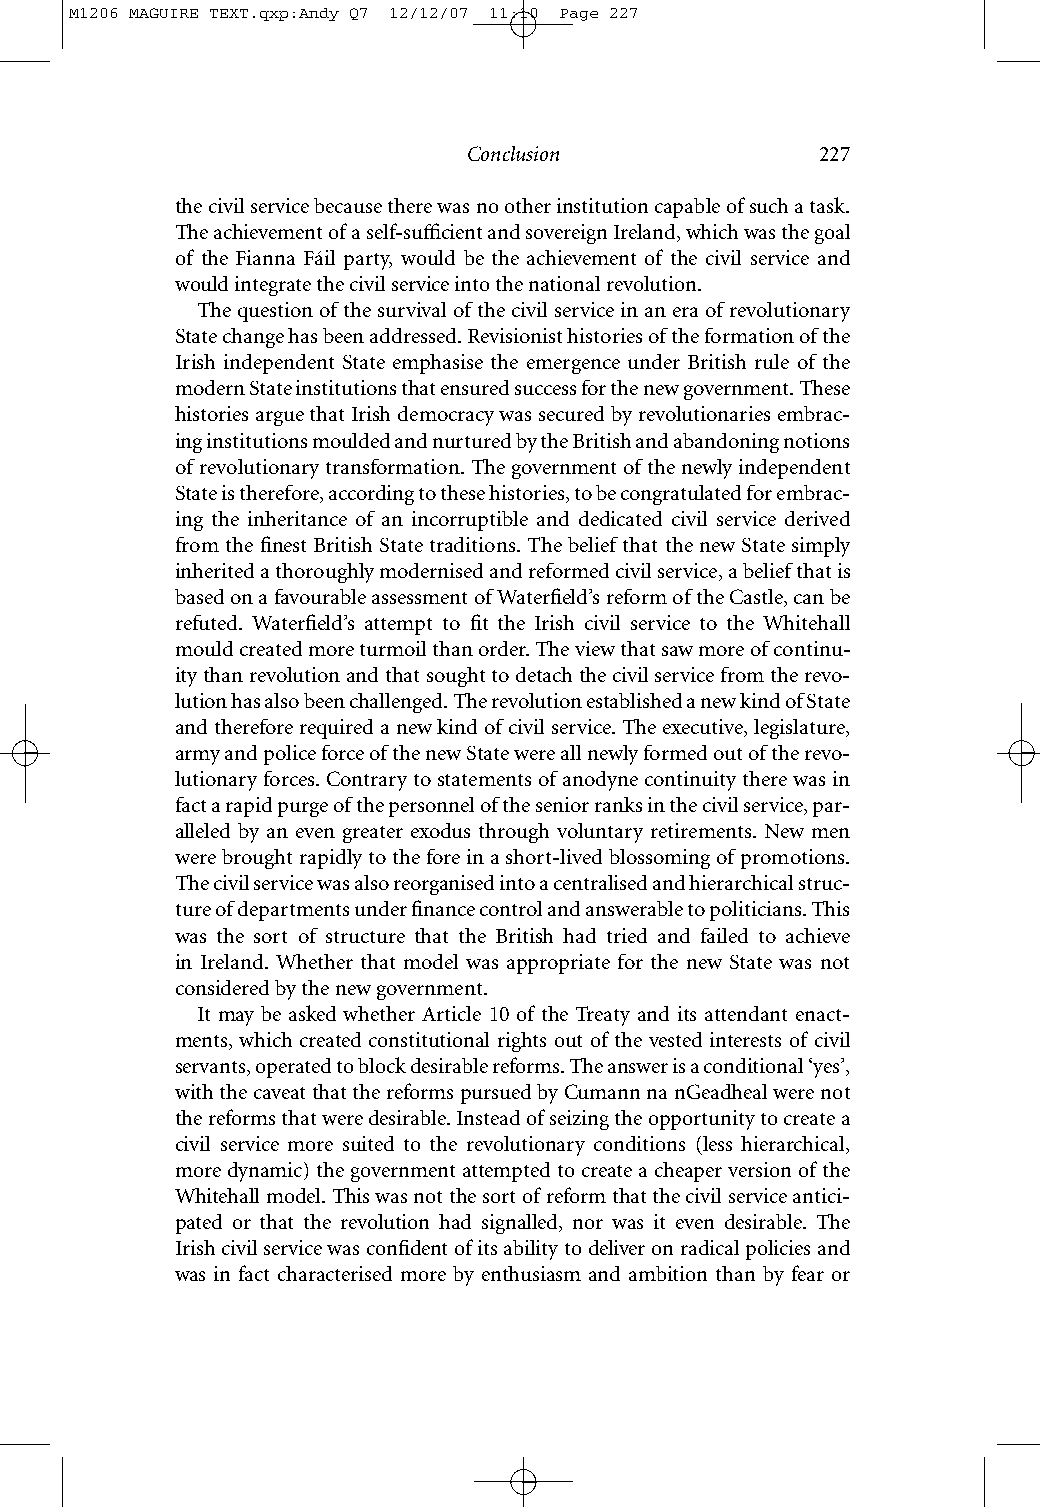
M1206 MAGUIRE TEXT.qxp:Andy Q7 12/12/07 11:10 Page 227
 Conclusion             227
 the civil service because there was no other institution capable of such a task.
 The achievement of a self-sufficient and sovereign Ireland, which was the goal
 of the Fianna Fáil party, would be the achievement of the civil service and
 would integrate the civil service into the national revolution.
 The question of the survival of the civil service in an era of revolutionary
 State change has been addressed. Revisionist histories of the formation of the
 Irish independent State emphasise the emergence under British rule of the
 modern State institutions that ensured success for the new government. These
 histories argue that Irish democracy was secured by revolutionaries embrac-
 ing institutions moulded and nurtured by the British and abandoning notions
 of revolutionary transformation. The government of the newly independent
 State is therefore, according to these histories, to be congratulated for embrac-
 ing the inheritance of an incorruptible and dedicated civil service derived
 from the finest British State traditions. The belief that the new State simply
 inherited a thoroughly modernised and reformed civil service, a belief that is
 based on a favourable assessment of Waterfield’s reform of the Castle, can be
 refuted. Waterfield’s attempt to fit the Irish civil service to the Whitehall
 mould created more turmoil than order. The view that saw more of continu-
 ity than revolution and that sought to detach the civil service from the revo-
 lution has also been challenged. The revolution established a new kind of State
 and therefore required a new kind of civil service. The executive, legislature,
 army and police force of the new State were all newly formed out of the revo-
 lutionary forces. Contrary to statements of anodyne continuity there was in
 fact a rapid purge of the personnel of the senior ranks in the civil service, par-
 alleled by an even greater exodus through voluntary retirements. New men
 were brought rapidly to the fore in a short-lived blossoming of promotions.
 The civil service was also reorganised into a centralised and hierarchical struc-
 ture of departments under finance control and answerable to politicians. This
 was the sort of structure that the British had tried and failed to achieve
 in Ireland. Whether that model was appropriate for the new State was not
 considered by the new government.
 It may be asked whether Article 10 of the Treaty and its attendant enact-
 ments, which created constitutional rights out of the vested interests of civil
 servants, operated to block desirable reforms. The answer is a conditional ‘yes’,
 with the caveat that the reforms pursued by Cumann na nGeadheal were not
 the reforms that were desirable. Instead of seizing the opportunity to create a
 civil service more suited to the revolutionary conditions (less hierarchical,
 more dynamic) the government attempted to create a cheaper version of the
 Whitehall model. This was not the sort of reform that the civil service antici-
 pated or that the revolution had signalled, nor was it even desirable. The
 Irishcivil service was confident of its ability to deliver on radical policies and
 was in fact characterised more by enthusiasm and ambition than by fear or